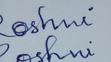
Signature authenticity: forged